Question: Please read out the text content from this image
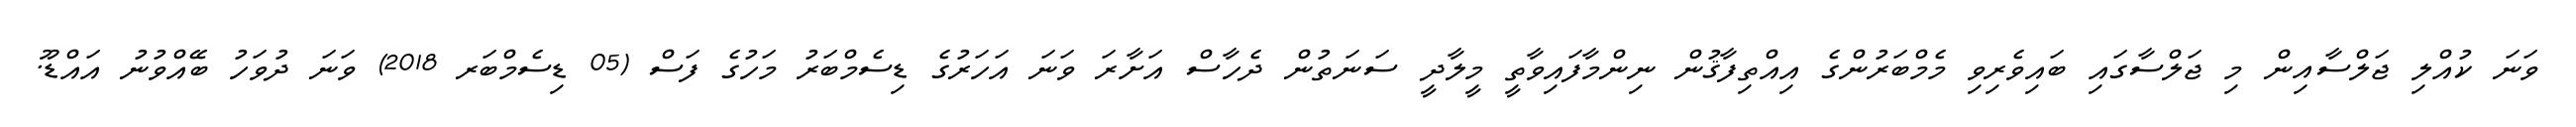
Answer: ވަނަ ކުއްލި ޖަލްސާއިން މި ޖަލްސާގައި ބައިވެރިވި މެމްބަރުންގެ އިއްތިފާޤުން ނިންމާފައިވާތީ މީލާދީ ސަނަތުން ދެހާސް އަށާރަ ވަނަ އަހަރުގެ ޑިސެމްބަރު މަހުގެ ފަސް (05 ޑިސެމްބަރ 2018) ވަނަ ދުވަހު ބޭއްވުނު އައްޑޫ.